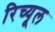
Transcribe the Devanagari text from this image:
रिच्यूल